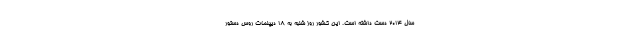
سال ۲۰۱۴ دست داشته است. این کشور روز شنبه به ۱۸ دیپلمات روس دستور